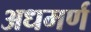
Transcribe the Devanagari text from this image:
अधमर्ण